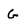
Character: G